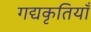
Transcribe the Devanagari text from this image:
गद्यकृतियाँ